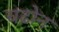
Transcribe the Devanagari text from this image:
चढोन